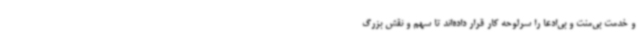
و خدمت بی‌منت و بی‌ادعا را سرلوحه کار قرار داده‌اند تا سهم و نقش بزرگ